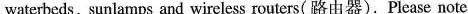
waterbeds，sunlamps and wireless routers( 路由器). Please note